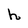
Character: h